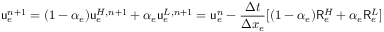
\mathsf { u } _ { e } ^ { n + 1 } = ( 1 - \alpha _ { e } ) \mathsf { u } _ { e } ^ { H , n + 1 } + \alpha _ { e } \mathsf { u } _ { e } ^ { L , n + 1 } = \mathsf { u } _ { e } ^ { n } - \frac { \Delta t } { \Delta x _ { e } } [ ( 1 - \alpha _ { e } ) \mathsf { R } _ { e } ^ { H } + \alpha _ { e } \mathsf { R } _ { e } ^ { L } ]